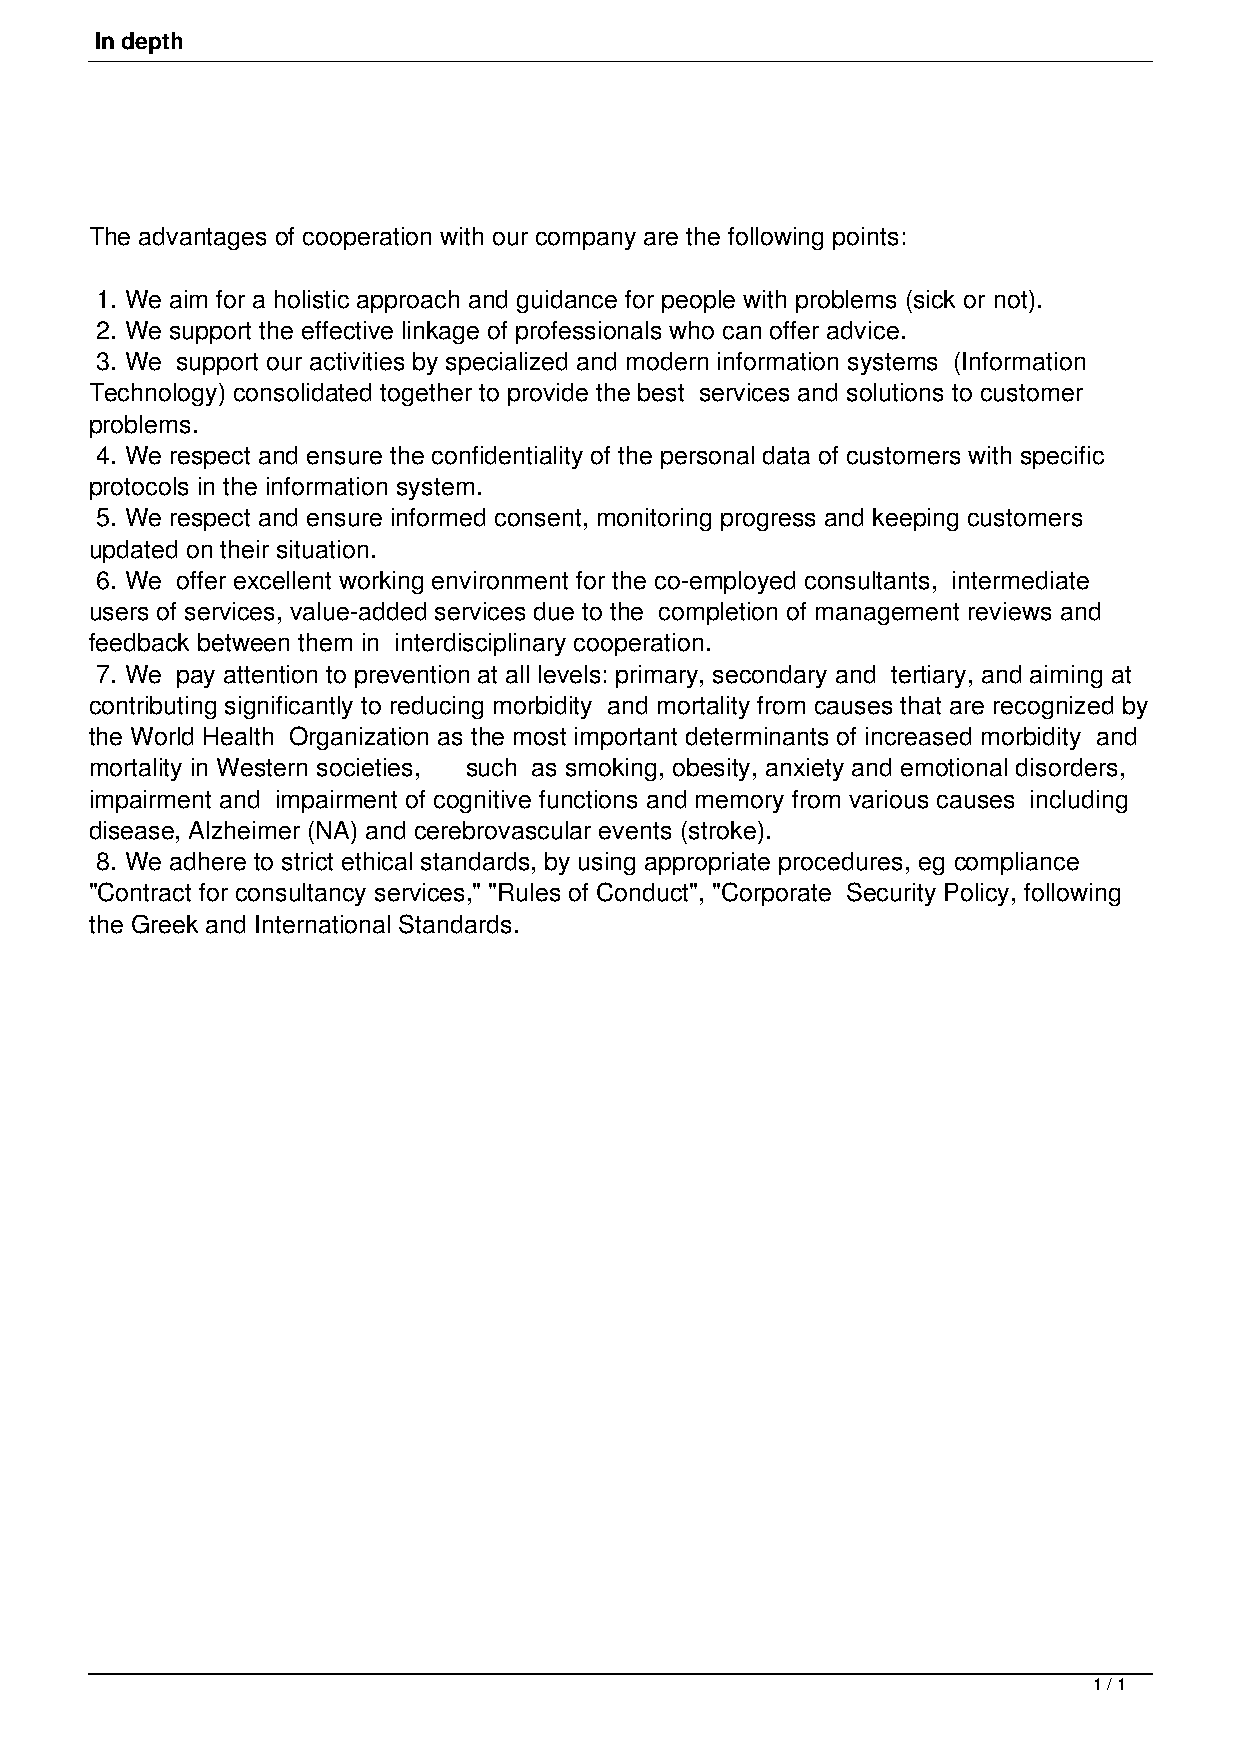
In depth
 The advantages of cooperation with our company are the following points:
 1. We aim for a holistic approach and guidance for people with problems (sick or not).
 2. We support the effective linkage of professionals who can offer advice.
 3. We support our activities by specialized and modern information systems (Information
 Technology) consolidated together to provide the best services and solutions to customer
 problems.
 4. We respect and ensure the confidentiality of the personal data of customers with specific
 protocols in the information system.
 5. We respect and ensure informed consent, monitoring progress and keeping customers
 updated on their situation.
 6. We offer excellent working environment for the co-employed consultants, intermediate
 users of services, value-added services due to the completion of management reviews and
 feedback between them in interdisciplinary cooperation.
 7. We pay attention to prevention at all levels: primary, secondary and tertiary, and aiming at
 contributing significantly to reducing morbidity and mortality from causes that are recognized by
 the World Health Organization as the most important determinants of increased morbidity and
 mortality in Western societies, such as smoking, obesity, anxiety and emotional disorders,
 impairment and impairment of cognitive functions and memory from various causes including
 disease, Alzheimer (NA) and cerebrovascular events (stroke).
 8. We adhere to strict ethical standards, by using appropriate procedures, eg compliance
 "Contract for consultancy services," "Rules of Conduct", "Corporate Security Policy, following
 the Greek and International Standards.
 1 / 1